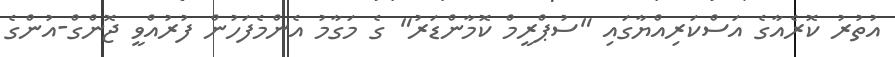
އުތުރު ކޮރެއާގެ އަސްކަރިއްޔާގައި "ސުޕްރީމް ކޮމާންޑަރު" ގެ މަގާމު އެންމެފަހުން ފުރުއްވީ ޖޮންގް-އުންގެ